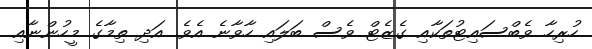
ހުރިހާ ވެބްސައިޓުތަކާއި ގެޒެޓް ވެސް ބަލައި ހާވާނެ އެވެ. އަދި ތިމާގެ މީހުންނާއި